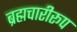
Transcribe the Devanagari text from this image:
ब्रह्मचारीरूप